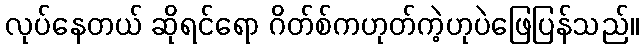
လုပ်နေတယ် ဆိုရင်ရော ဂိတ်စ်ကဟုတ်ကဲ့ဟုပဲဖြေပြန်သည်။